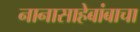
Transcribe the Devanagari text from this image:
नानासाहेबांबाचा